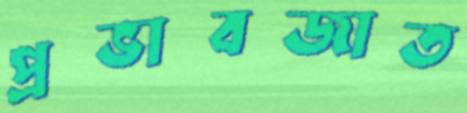
প্রভাবজাত